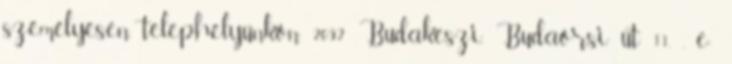
személyesen telephelyünkön 2092 Budakeszi, Budaörsi út 11. , e-